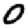
Digit: 0